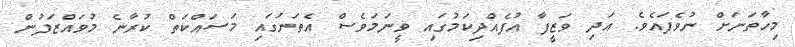
މިހާތަނަށް ނުވެފައެވެ. އަދި ވަޒީފާ އުފެއްދިކަމުގައި ވީނަމަވެސް އެތަނުގައި މަސައްކަތް ކުރާނެ މުވައްޒަފުން